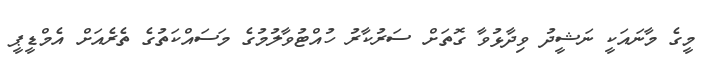
މީގެ މާނައަކީ ނަޝީދު ވިދާޅުވާ ގޮތަށް ސަރުކާރު ހުއްޓުވާލުމުގެ މަސައްކަތުގެ ތެރެއަށް އެމްޑީޕީ